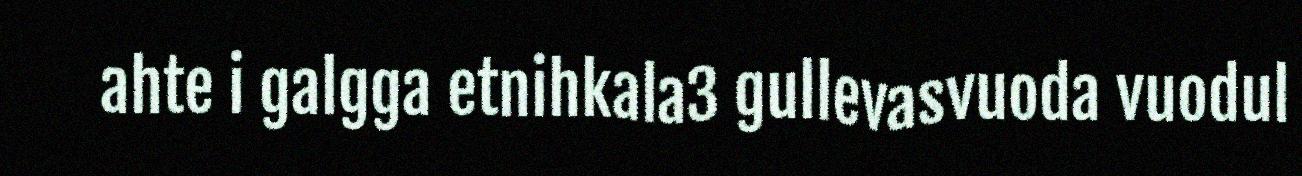
ahte i galgga etnihkala3 gullevasvuoda vuodul